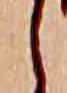
し